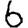
Digit: 6